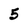
Character: 5